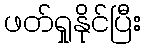
ဖတ်ရှုနိုင်ပြီး